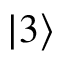
| 3 \rangle